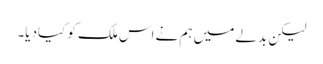
لیکن بدلے میں ہم نے اس ملک کو کیادیا۔